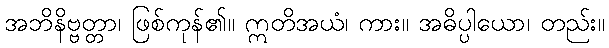
အဘိနိဗ္ဗတ္တာ၊ ဖြစ်ကုန်၏။ ဣတိအယံ၊ ကား။ အဓိပ္ပါယော၊ တည်း။